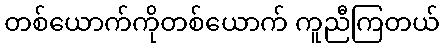
တစ်ယောက်ကိုတစ်ယောက် ကူညီကြတယ်